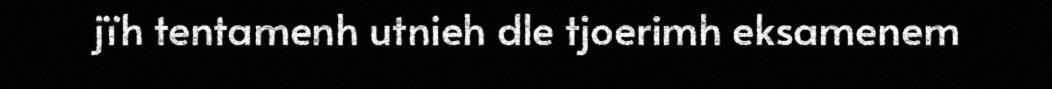
jïh tentamenh utnieh dle tjoerimh eksamenem